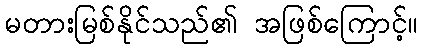
မတားမြစ်နိုင်သည်၏ အဖြစ်ကြောင့်။